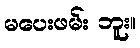
မပေးဖမ်း ဘူး။